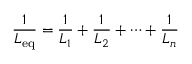
{ \frac { 1 } { L _ { \mathrm { e q } } } } = { \frac { 1 } { L _ { 1 } } } + { \frac { 1 } { L _ { 2 } } } + \cdots + { \frac { 1 } { L _ { n } } }